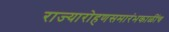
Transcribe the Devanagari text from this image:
राज्यारोहणसमारंभकाळींच